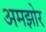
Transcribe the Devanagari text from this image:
अमझोर